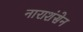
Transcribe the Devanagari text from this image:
नाराशंसेन